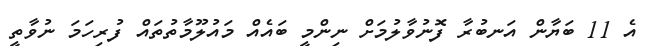
އެ 11 ބަޔާން އަނބުރާ ފޮނުވާލުމަށް ނިންމީ ބައެއް މައުލޫމާތުތައް ފުރިހަމަ ނުވާތީ